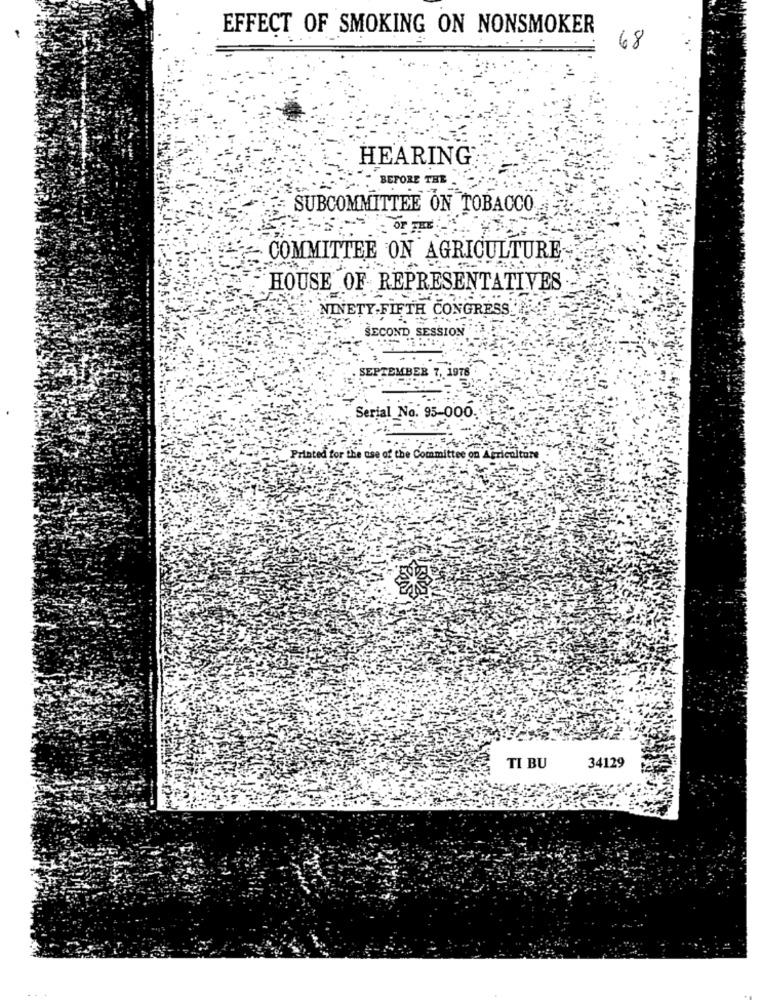
EFFECT OF SMOKING ON NONSMOKER
68
HEARING
BEFORE THE
SUBCOMMITTEE ON TOBACCO
COMMITTEE ON AGRICULTURE-
HOUSE OF REPRESENTATIVES
.NINETY.FIFTH CONGRESS
SECOND SESSION
. SEPTEMBER 7, 1978'
Serial No. 95-000
Printed for the use of the Committee on Agriculture
8.12
34129
TI BU